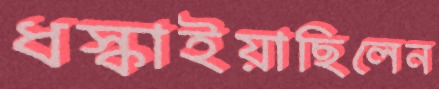
ধস্‌কাইয়াছিলেন